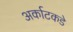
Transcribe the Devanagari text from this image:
अर्काटकडे